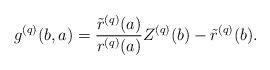
LaTeX: \begin{align*}g^{(q)}(b,a)=\frac{\tilde{r}^{(q)}(a)}{r^{(q)}(a)}Z^{(q)}(b)-\tilde{r}^{(q)}(b).\end{align*}